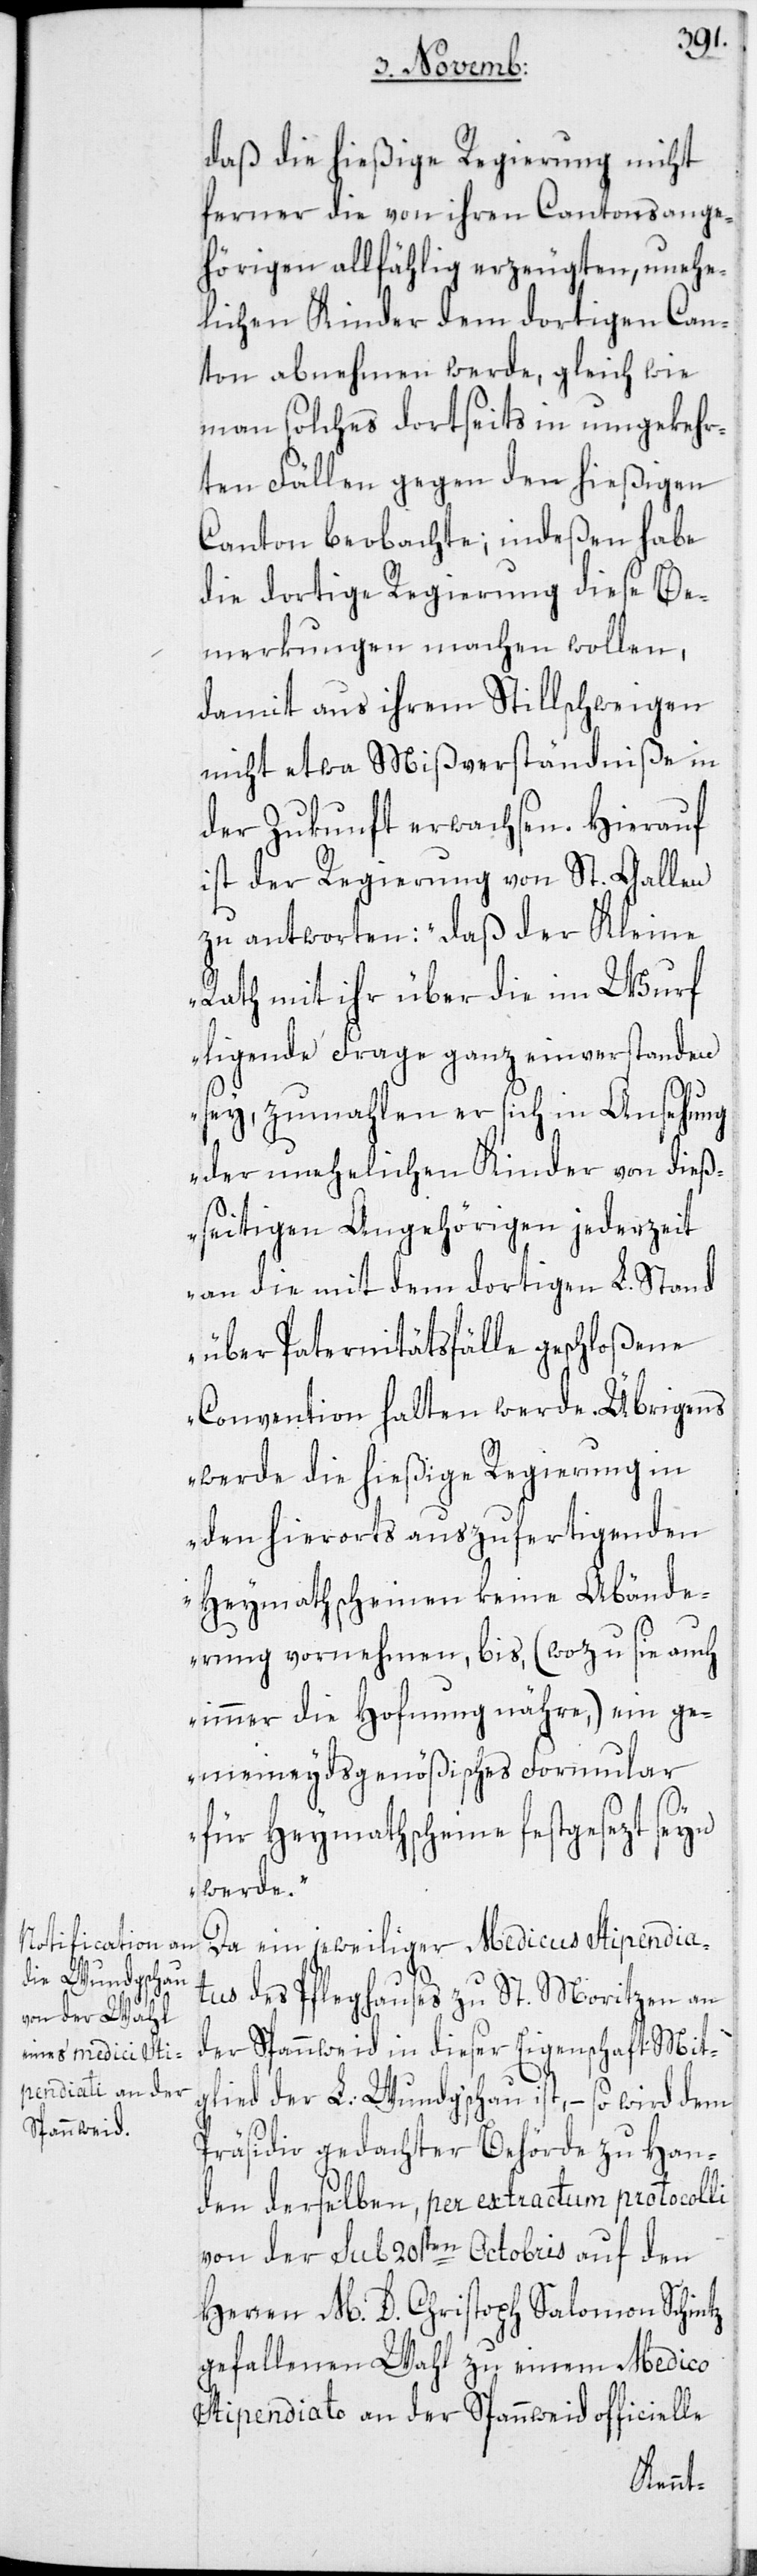
daß die hießige Regierung nicht
ferner die von ihren Cantonsange¬
hörigen allfählig erzeugten, unehe¬
lichen Kinder dem dortigen Can¬
ton abnehmen werde, gleich wie
man solches dortseits in umgekehr¬
ten Fällen gegen den hießigen
Canton beobachte; indeßen habe
die dortige Regierung diese Be¬
merkungen machen wollen,
damit aus ihrem Stillschweigen
nicht etwa Mißverständniße in
der Zukunft erwachsen. Hierauf
ist der Regierung von St. Gallen
zu antworten: „Daß der Kleine
Rath mit ihr über die im Wurf
ligende Frage ganz einverstanden
sey, zumahlen er sich in Ansehung
der unehelichen Kinder von dieß¬
seitigen Angehörigen jederzeit
an die mit dem dortigen L. Stand
über Paternitätsfälle geschloßene
Convention halten werde. Übrigens
werde die hießige Regierung in
den hierorts auszufertigenden
Heymathscheinen keine Abände¬
rung vornehmen, bis, (wozu sie auch
immer die Hofnung nähre,) ein ge¬
meineydsgenößisches Formular
für Heymathscheine festgesezt seyn
werde.“
Da ein jeweiliger Medicus stipendia¬
tus des Pfleghauses zu St. Moritzen an
der Spannweid in dieser Eigenschaft Mit¬
glied der L: Wundg‘schau ist, – so wird dem
Präsidio gedachter Behörde zu Han¬
den derselben, per extractum protocolli
von der sub 20sten Octobris auf den
Herren M. D. Christoph Salomon Schintz
gefallenen Wahl zu einem Medico
stipendiato an der Spannweid officielle